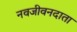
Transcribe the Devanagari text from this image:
नवजीवनदाता